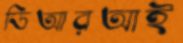
ডিআরআই